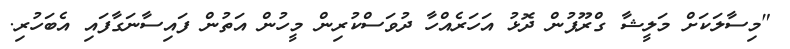
"މިސާލަކަށް މަލީޝާ ގްރޫޕުން ދޮޅު އަހަރެއްހާ ދުވަސްކުރިން މީހުން އަތުން ފައިސާނަގާފައި އެބަހުރި.